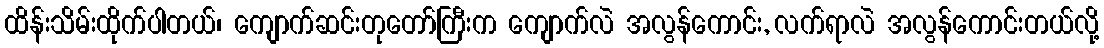
ထိန်းသိမ်းထိုက်ပါတယ်၊ ကျောက်ဆင်းတုတော်ကြီးက ကျောက်လဲ အလွန်ကောင်း, လက်ရာလဲ အလွန်ကောင်းတယ်လို့